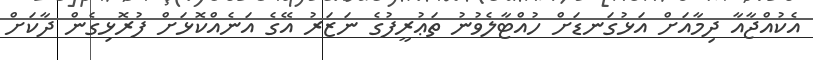
އެކުއްޖާއާ ދިމާއަށް އަޅުގަނޑަށް ހުއްޓާލެވުނު ތަޢުރީފުގެ ނަޒަރު އޭގެ އަނެއްކޮޅަށް ފުރޮޅިގެން ދާކަށް